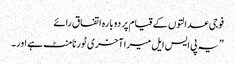
فوجی عدالتوں کے قیام پر دوبارہ اتفاق رائے
”یہ پی ایس ایل میرا آخری ٹورنامنٹ ہے اور۔